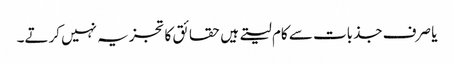
یا صرف جذبات سے کام لیتے ہیں حقائق کا تجزیہ نہیں کرتے۔